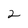
Character: 2